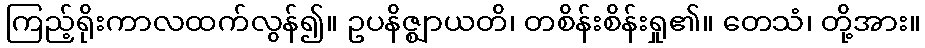
ကြည့်ရိုးကာလထက်လွန်၍။ ဥပနိဇ္ဈာယတိ၊ တစိန်းစိန်းရှု၏။ တေသံ၊ တို့အား။